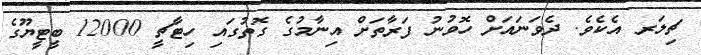
ޗިލަރ އެކެވެ. ދެވަނައަށް ހޮވުނު ފަރާތަށް އިނާމުގެ ގޮތުގައި ހިޓާޗީ 12000 ބީޓީޔޫގެ